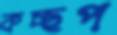
কচ্ছপ